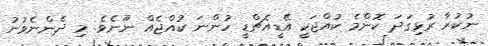
ނުކުރާ ރުޅިގަދަ ކޮންމެ ކުއްޖަކީ އޭޑީއެޗްޑީ ހުންނަ ކުއްޖެއް ނޫނެވެ. މި ދެންނެވުނު